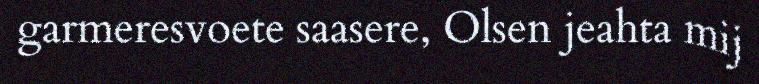
garmeresvoete saasere, Olsen jeahta mij